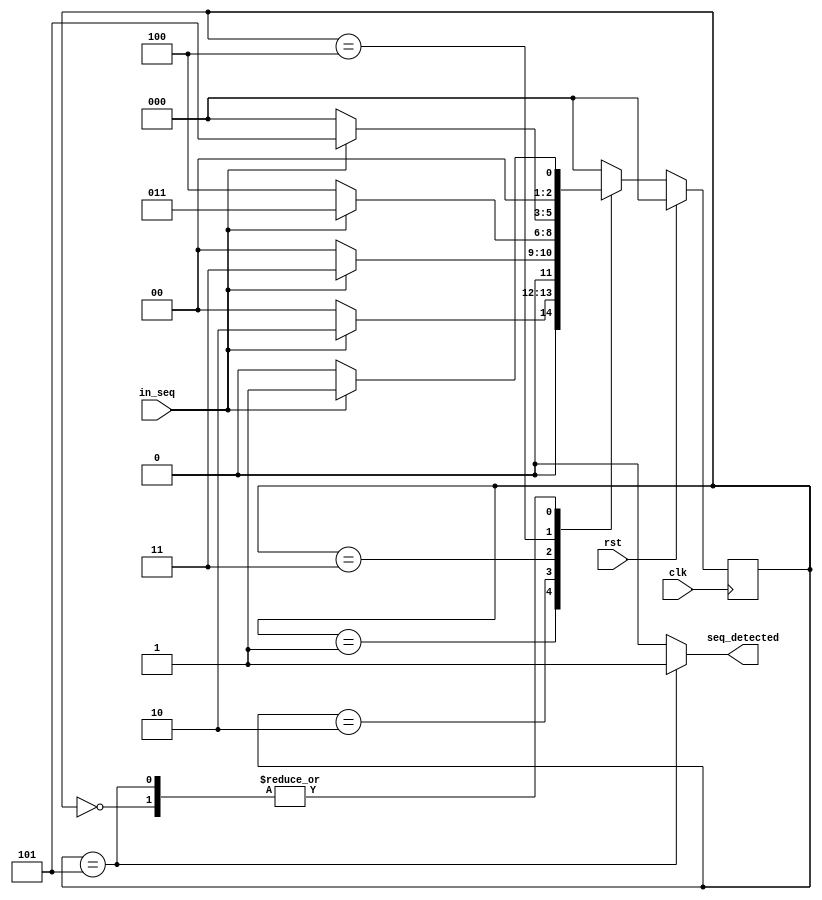


module moore(
input	clk, in_seq,rst,
output reg	seq_detected);

parameter S0=0, S1=1, S2=2, S3 =3, S4=4, S5=5;
reg [2:0] currentstate,nextstate;

//to determine sequential memory

always @ (posedge clk)
begin
	if(rst)
	currentstate<=S0;
	else
	currentstate<= nextstate;
end

//to determine next state

always @ (currentstate, in_seq)
begin
	case (currentstate)
	S0:  nextstate <= in_seq? S1 : S0;
	S1:  nextstate <= in_seq? S2 : S0;
	S2:  nextstate <= in_seq? S3 : S0;
	S3:  nextstate <= in_seq? S3 : S4;
	S4:  nextstate <= in_seq? S5 : S0;
	S5:  nextstate <= in_seq? S1 : S0;
	default:nextstate <= S0;
	endcase
end
// output assignment which depends only on current state
always @ (currentstate)
        case(currentstate)
        S0: seq_detected	<= 0;
        S1: seq_detected	<= 0;
        S2: seq_detected	<= 0;
        S3: seq_detected	<= 0;
        S4: seq_detected	<= 0;
        S5: seq_detected	<= 1;
	default: seq_detected	<= 0;
	endcase
endmodule